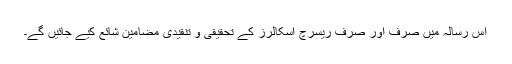
اس رسالہ میں صرف اور صرف ریسرچ اسکالرز کے تحقیقی و تنقیدی مضامین شائع کیے جائیں گے۔